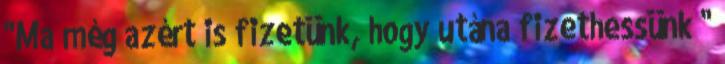
"Ma még azért is fizetünk, hogy utána fizethessünk "